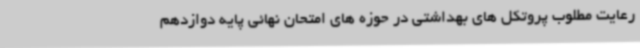
رعایت مطلوب پروتکل های بهداشتی در حوزه های امتحان نهائی پایه دوازدهم